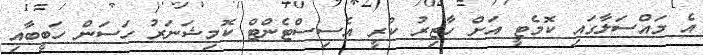
އެ މައްސަލާގައި ކޮމެޓީ އަށް ހާޒިރު ކުރީ އެސިސްޓެންޓް ކޮމިޝަނަރު ހަސަން ހަބީބާއި